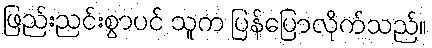
ဖြည်းညင်းစွာပင် သူက ပြန်ပြောလိုက်သည်။